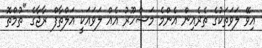
އިވޭ ލަވަތަކުގެ ތެރެއިން އެންމެ މަޝްހޫރު އެއް ލަވައަކީ އަލްތާފް ރާޖާގެ "ތުމްތޮ